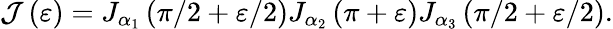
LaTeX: \mathcal{J}\left(\varepsilon\right)=J_{\alpha_{1}}\left(\pi/2+\varepsilon/2\right)J_{\alpha_{2}}\left(\pi+\varepsilon\right)J_{\alpha_{3}}\left(\pi/2+\varepsilon/2\right).